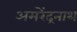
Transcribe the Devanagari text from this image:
अमरेंद्रनाथ